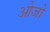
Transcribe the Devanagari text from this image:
ओजो